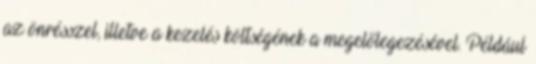
az önrésszel, illetve a kezelés költségének a megelőlegezésével. Például